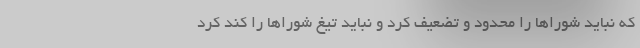
که نباید شوراها را محدود و تضعیف کرد و نباید تیغ شوراها را کند کرد